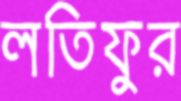
লতিফুর